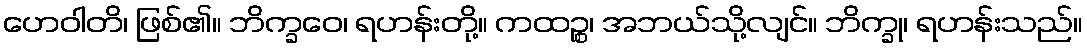
ဟေဝါတိ၊ ဖြစ်၏။ ဘိက္ခဝေ၊ ရဟန်းတို့။ ကထဉ္စ၊ အဘယ်သို့လျင်။ ဘိက္ခု၊ ရဟန်းသည်။